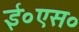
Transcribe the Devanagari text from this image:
ई०एस०